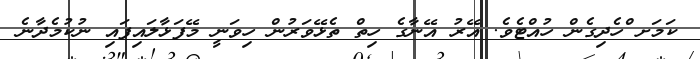
ކަމަށ ްހެދިގެން ހުއްޓެވެ. އޭރު އޭނާގެ ހިތް ތެޅޭވަރުން ހިވަނީ މޭފަޅާލައިފައި ނުކުމެދާނެ